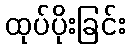
ထုပ်ပိုးခြင်း